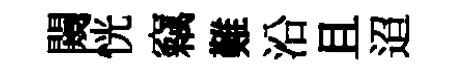
闚恍竊難沿且迢